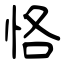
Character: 恪